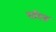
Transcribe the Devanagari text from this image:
सप्रिङ